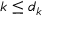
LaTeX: k \leq d _ { k }